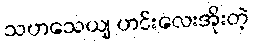
သဟသေယျ ဟင်းလေးအိုးတဲ့